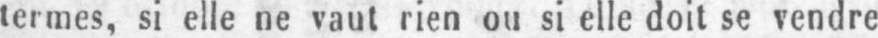
termes, si elle ne vaut rien ou si elle doit se vendre